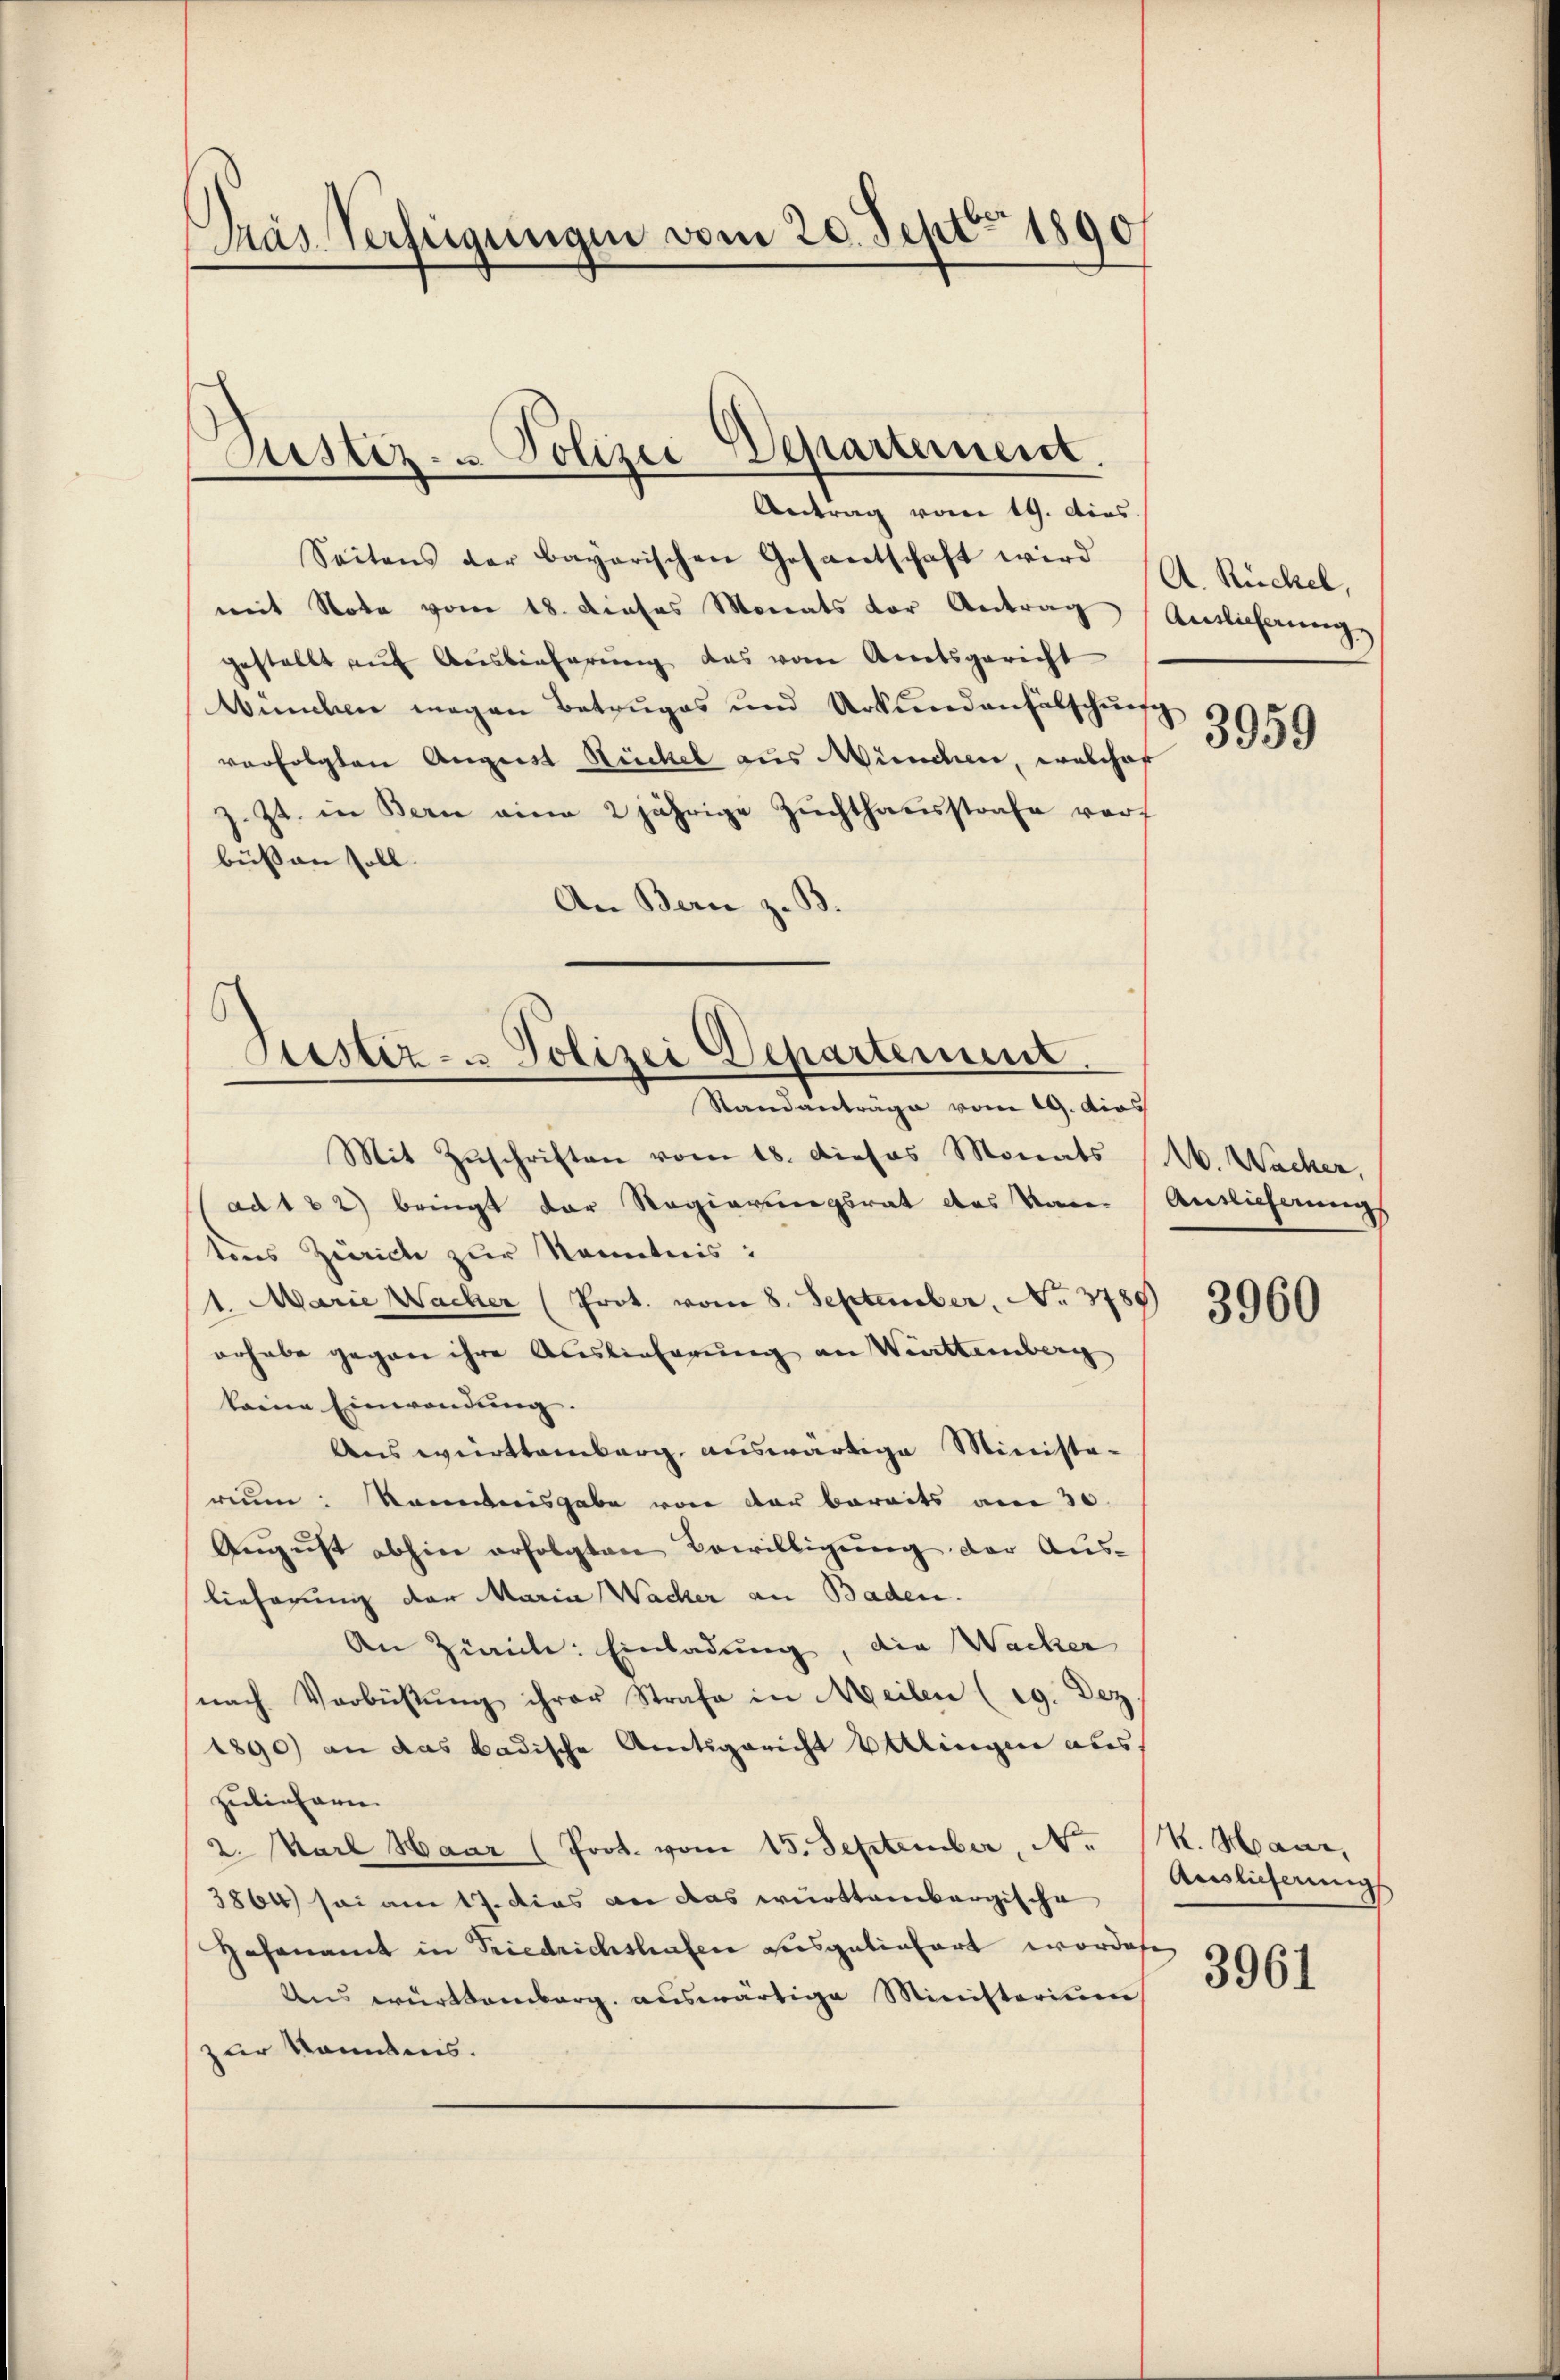
Pras Verfügungen vom 20. Sept. 1890

Dustiz- & Polizei-Departement.

Antrag vom 19. dies
Seitens der bayerischen Gesantschaft wird
mit Note vom 18. Dieses Monats der Antrag
gestellt auf Auslieferung das vom Amtsgericht
Wünchen magen Betruges und Urkundanfälschung
verfolgten August Rückel aus München, welcher
z. Zt. in Bern eine 2 jährige Zuchthausstrafe vorbüssen soll.
An Bern z. B.
Mit Zuschriften vom 18. Dieses Monats
ad 1 2) bringt der Regierungsrat des Kan-
tons Zürich zur Kenntnis:
1. Marie Wacher (Prot. vom 8. September, No 3780)
orhabe gegen ihre Auslieferung an Werttemberg
keine Einwendŭng.
Auswürttemberg, auswärtige Ministe-
reum: kanntersgabe von der bereits am 30.
Aŭgŭst abhin erfolgten Bewilligŭng der Aus-
lieferung der Maria Wacher an Baden.
An Zürich: Einladung, die Wacher
nach Verbüstŭng ihrer Strafe in Meilen (ig. Dez.
1890) an das badische Amtsgericht Balingen als
zubinharn.
2. Karl Haar (Prot. vom 15. September, N.
3864 sei am 17. dies an das württembergische
Hosenamt in Friedrichshafen ausgeliefert worden
Ans württemberg. auswärtige Ministerium
zur Kenntnis.

Justiz- u. Polizei Departement
Standanträge vom 19. dies

A. Rückel,
Antlicherung
3959

16. Wacker,
Anslicherung

3960

K. Maur,
Auslieferung

3961